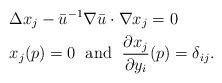
\begin{align*}&\Delta x_j - \bar u^{-1} \nabla \bar u \cdot \nabla x_j=0 \\&x_j (p)=0 \; \mbox{ and }\; \frac{\partial x_j}{\partial y_i } (p) = \delta_{ij}.\end{align*}